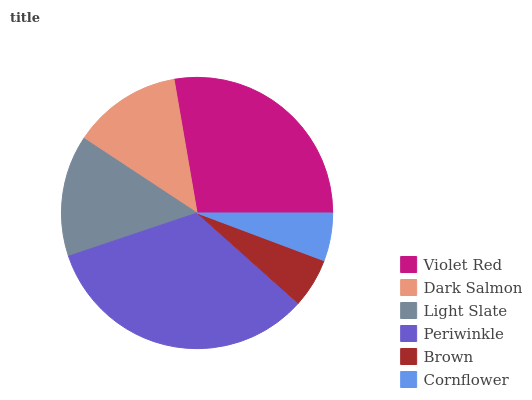
| Violet Red | Dark Salmon | Light Slate | Periwinkle | Brown | Cornflower |
 | --- | --- | --- | --- | --- | --- |
 | 27.7% | 13% | 14.4% | 33.3% | 5.89% | 5.71% |